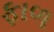
ફાળ